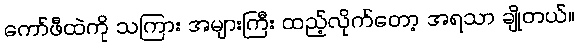
ကော်ဖီထဲကို သကြား အများကြီး ထည့်လိုက်တော့ အရသာ ချိုတယ်။